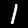
Label: 1